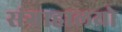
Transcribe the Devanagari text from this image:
संग्राहालयो